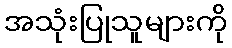
အသုံးပြုသူများကို